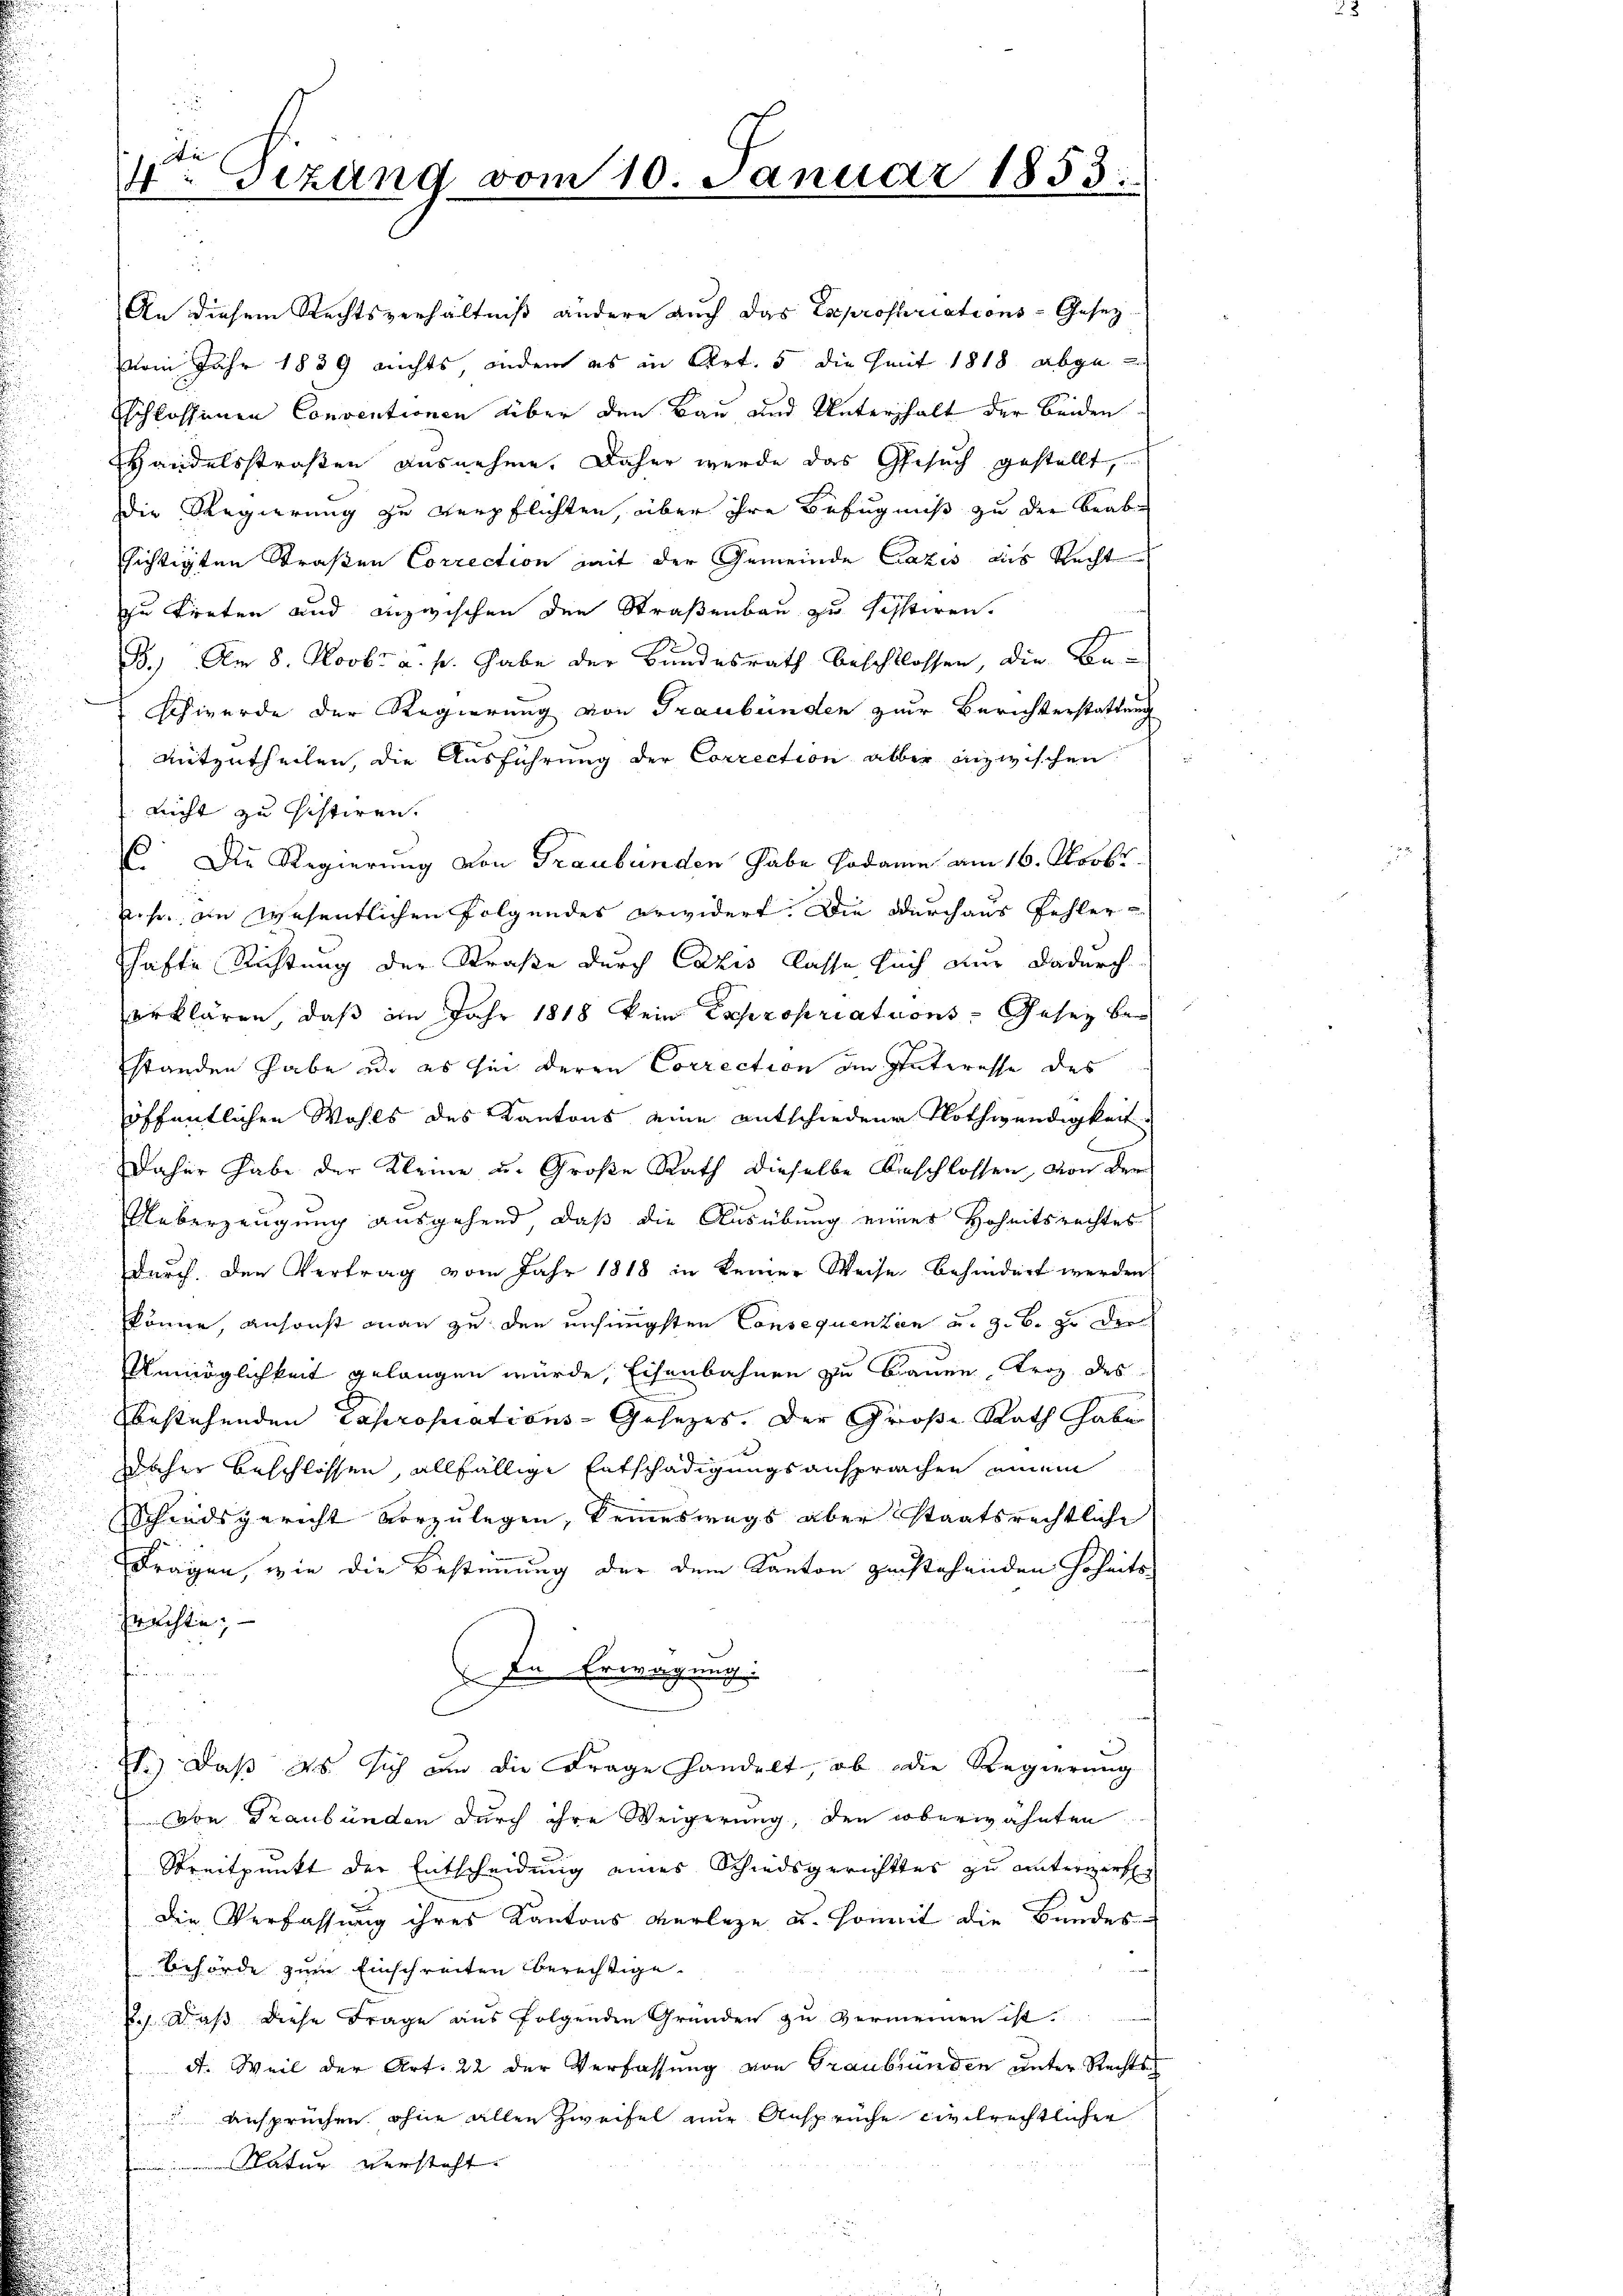
Die
4: Tizung vom 10. Januar 1853.

An diesem Rechtsverhältniß andere auch das Expropriations-Gesezvom Jahr 1839 nichts, andere es in Art. 5 die Zeit 1818 abge-
Eschlossenen Conventionen über den Bau und Unterhalt der beiden
Handelsstraßen ausnehme. Daher werde das Gesuch gestellt,
die Regierung zu verpflichten, über ihre Befugniß zu der Beabsichtigten Straßen Correction mit der Gemeinde Cazis aus Recht
zu treten und inzwischen den Straßenbau zu schstiren.
B.) Am 8. Novbr. a. p. habe der Bundesrath beschlossen, die Be-
schwerde der Regierung von Graubünden zur Berichterstattung
mitzutheilen, die Ausführung der Correction aller inzwischen
nicht zu sistiren.
C. Die Regierung von Graubünden habe sodann am 16. Nobr.
sehr im wesentlichen Folgendes erwidert. Die Durchaus Fehler-
hafte Richtung der Straße durch Cazis Classe sich nur dadurch
erklären, daß im Jahr 1818 kein Expropriations Gesez bestanden habe de es hin deren Correction im Interesse des
öffentlichen Wohls des Kantons eine entschiedene Nothwendigkeit
Daher habe der Kleine u. Große Rath dieselbe beschlossen, von der
Ueberzeugung ausgehend, daß die Ausübung eines Hoheitsrechtes
durch den Vertrag vom Jahr 1818 in keiner Weise behindert werden
könne, ansonst man zu den unsinnigsten Consequenzen u. z. B. zu der
Unmöglichkeit gelangen würde, Eisenbahnen zu Bauen, trag des
bestehenden Capropriations-Gesezes. Der Große Rath habe
Daher beschlossen, allfällige Entschädigungsansprachen einem
Schiedsgericht vorzulegen, keineswegs aber staatsrechtliche
Fragen, wie die Bestimmung der dem Kanton zustehenden Hoheits-
prachte;
In Erwägung.
E.) Daß es sich an die Frage handelt, ob die Regierung
von Graubünden durch ihre Weigerung, den oberwähnten
Streitpunkt der Entscheidung eines Schiedsgerichtes zu unterwerf
die Verfassung ihres Kantons verlege u. somit die Bundesbehörde zum Einschreiten berechtige.
sch daß diese Frage aus folgenden Gründen zu vermeinen ist.
d. Weil der Art. 22 der Verfassung von Graubünden unter Rechts¬
Ansprüchen ohne allen Zweifel nur Ansprüche civilrechtlicher
Natur versteht.